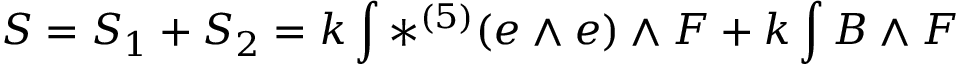
S = S _ { 1 } + S _ { 2 } = k \int \ast ^ { ( 5 ) } ( e \wedge e ) \wedge F + k \int { B \wedge F }